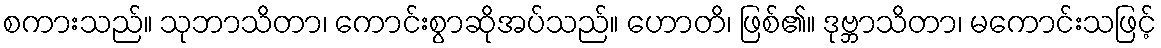
စကားသည်။ သုဘာသိတာ၊ ကောင်းစွာဆိုအပ်သည်။ ဟောတိ၊ ဖြစ်၏။ ဒုဗ္ဘာသိတာ၊ မကောင်းသဖြင့်